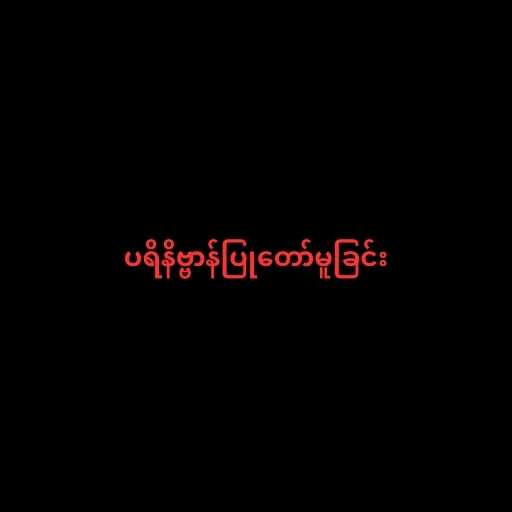
ပရိနိဗ္ဗာန်ပြုတော်မူခြင်း